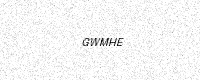
Text: GWMHE